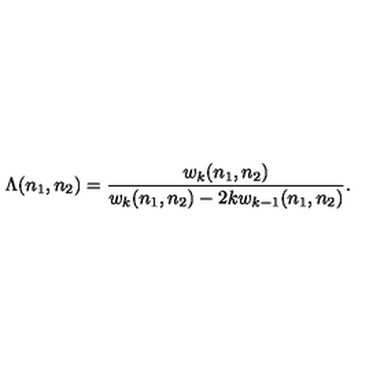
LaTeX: \Lambda ( n _ { 1 } , n _ { 2 } ) = \frac { w _ { k } ( n _ { 1 } , n _ { 2 } ) } { w _ { k } ( n _ { 1 } , n _ { 2 } ) - 2 k w _ { k - 1 } ( n _ { 1 } , n _ { 2 } ) } .